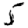
Digit: 5